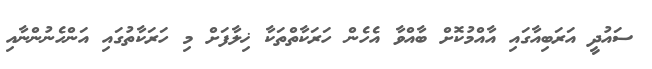
ސައުދީ އަރަބިއާގައި އާއްމުކޮށް ބާއްވާ އެހެން ހަރަކާތްތަކާ ޚިލާފަށް މި ހަރަކާތުގައި އަންހެނުންނާއި